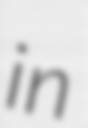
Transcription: in